Vabadussoja_Ajaloo_Komitee, lk 26
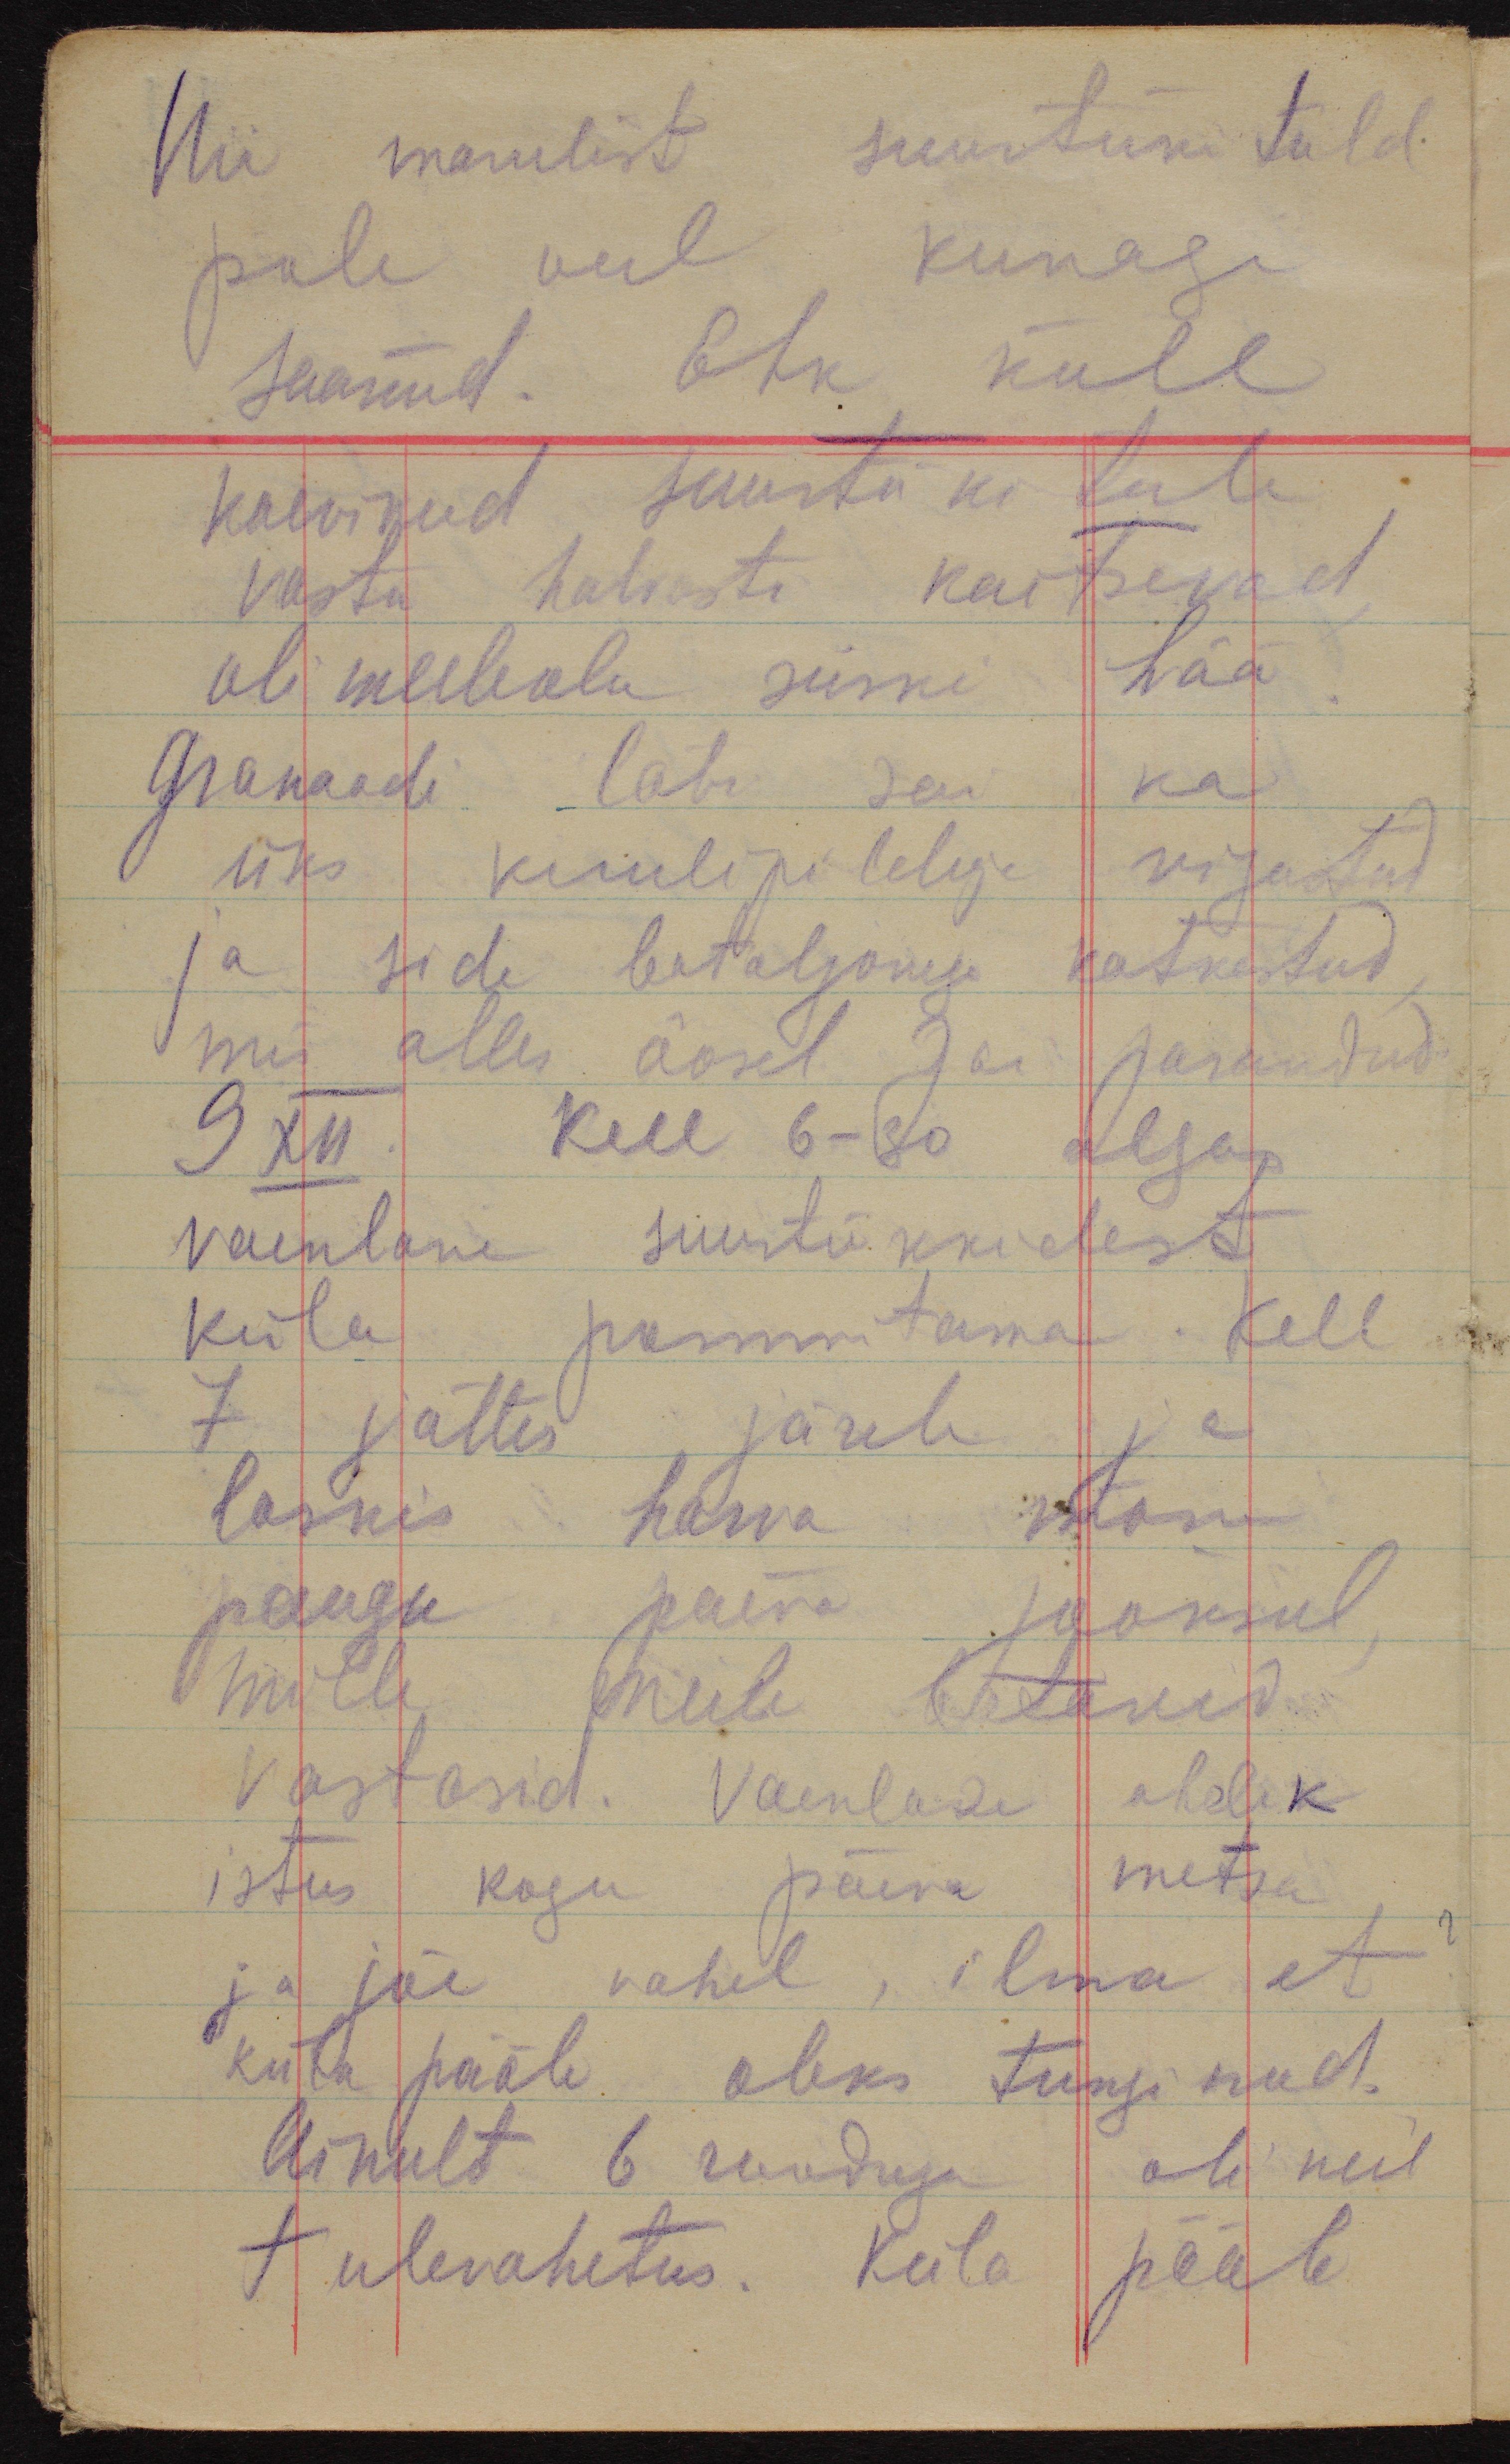
Nii marulist suurtükituld
pole veel kunagi
saanud. Ehk küll
kaevikud suurtüki tule
vastu halvasti kaitsevad,
oli meeleolu siiski hää.
Granaadi läbi sai ka
üks kuulipilduja vigastud
ja side bataljoniga katkestud,
mis alles öösel sai parandud.
9 XII. Kell 6-30 algas
vaenlane suurtükkidest
küla pommitama. Kell
7 jättis järele ja
laskis harva mõne
paugu päeva jooksul,
mille meile batareid
vastasid. Vaenlase ahelik
istus kogu päeva metsa
ja jõe vahel, ilma et
küla pääle oleks tunginud.
Ainult 6 rooduga oli neil
tulevahetus. Küla pääle